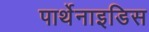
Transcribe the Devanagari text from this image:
पार्थेनाइडिस